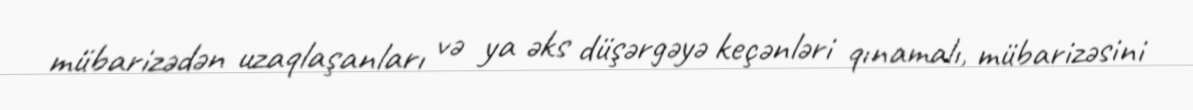
mübarizədən uzaqlaşanları və ya əks düşərgəyə keçənləri qınamalı, mübarizəsini